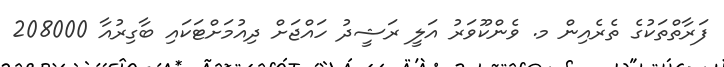
ފަރާތްތަކުގެ ތެރެއިން މ. ވެންކޫވަރު އަލީ ރަޝީދު ހައްޖަށް ދިއުމަށްޓަކައި ބާގިރުއާ 208000